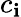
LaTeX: c_{\mathbf{i}}